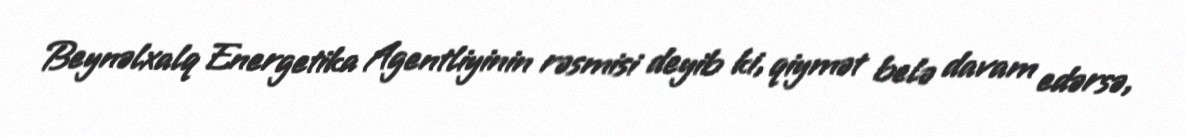
Beynəlxalq Energetika Agentliyinin rəsmisi deyib ki, qiymət belə davam edərsə,